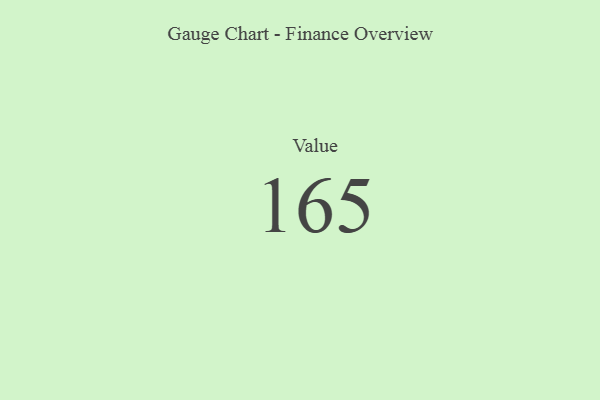
{"axis": {"x": "Metric", "y": "Value"}, "legend": [""], "data": [{"x": "Value", "y": 165, "type": ""}]}